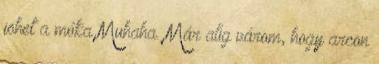
jöhet a móka Muhaha. Már alig várom, hogy arcon